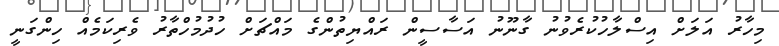
މިހާރު އަލަށް އިސްލާހުކުރެވުނު ގާނޫނު އަސާސީން ރައްޔިތުންގެ މައްޗަށް ހުދުމުހްތާރު ވެރިކަމެއް ހިންގަނީ